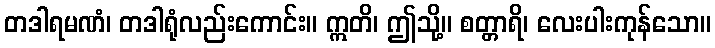
တဒါရမဏံ၊ တဒါရုံလည်းကောင်း။ ဣတိ၊ ဤသို့။ စတ္တာရိ၊ လေးပါးကုန်သော။